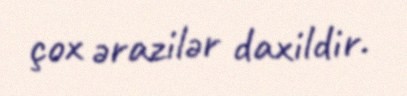
çox ərazilər daxildir.